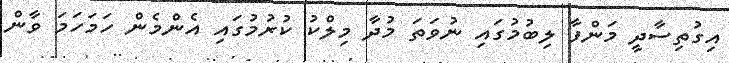
އިގުތިސާދީ މަންފާ ލިބުމުގައި ނުވަތަ މުދާ މިލްކު ކުރުމުގައި އެންމެން ހަމަހަމަ ވާން